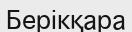
Берікқара